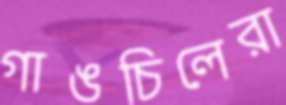
গাঙচিলেরা